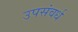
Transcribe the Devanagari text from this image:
उपसंवर्ध